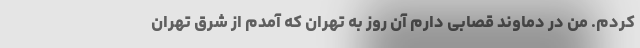
کردم. من در دماوند قصابی دارم آن روز به تهران که آمدم از شرق تهران